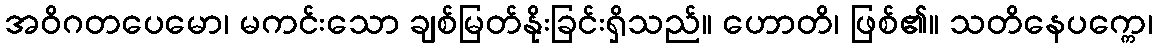
အဝိဂတပေမော၊ မကင်းသော ချစ်မြတ်နိုးခြင်းရှိသည်။ ဟောတိ၊ ဖြစ်၏။ သတိနေပက္ကေ၊